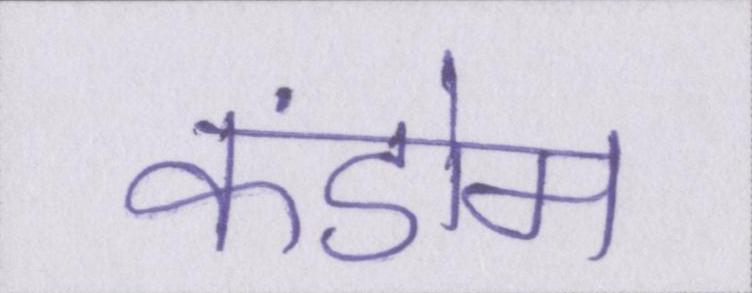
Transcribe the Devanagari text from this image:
कंडोम